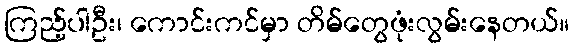
ကြည့်ပါဦး၊ ကောင်းကင်မှာ တိမ်တွေဖုံးလွမ်းနေတယ်။